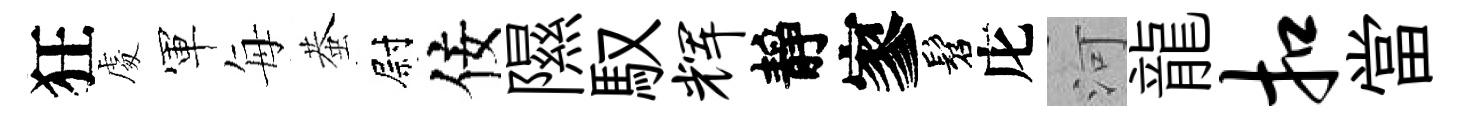
狂䖏軍每蛬尉佞隰馭辉靜寥髫庀河龍扣當